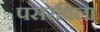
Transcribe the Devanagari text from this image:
पसरविला